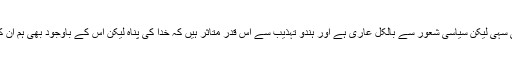
’’غفار خان بڑا آدمی سہی لیکن سیاسی شعور سے بالکل عاری ہے اور ہندو تہذیب سے اس قدر متاثر ہیں کہ خدا کی پناہ لیکن اس کے باوجود بھی ہم ان کا احترام کرتے ہیں۔